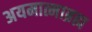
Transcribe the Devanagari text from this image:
अयमात्माब्रह्म